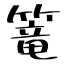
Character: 篭